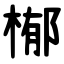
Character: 㮋